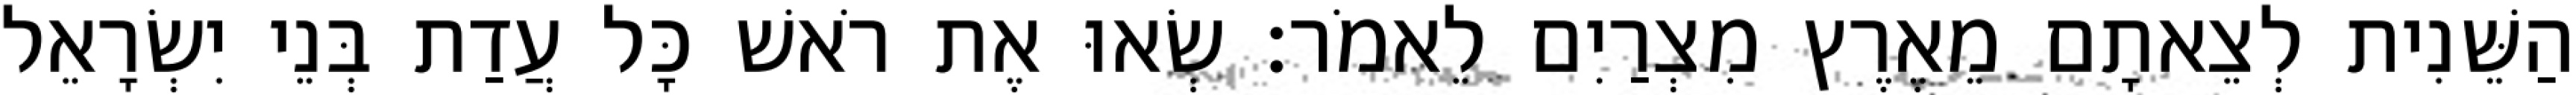
הַשֵּׁנִית לְצֵאתָם מֵאֶרֶץ מִצְרַיִם לֵאמֹר׃ שְׂאוּ אֶת רֹאשׁ כָּל עֲדַת בְּנֵי יִשְׂרָאֵל